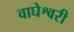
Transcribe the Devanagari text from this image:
वाघेश्वरी